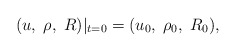
\begin{align*}(u,\;\rho,\;R)|_{t=0}=(u_0,\;\rho_0,\;R_0),\end{align*}